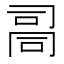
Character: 𰇾